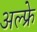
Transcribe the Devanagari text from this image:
अल्फ्रे